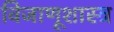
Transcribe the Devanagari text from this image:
विजाणूशास्त्र